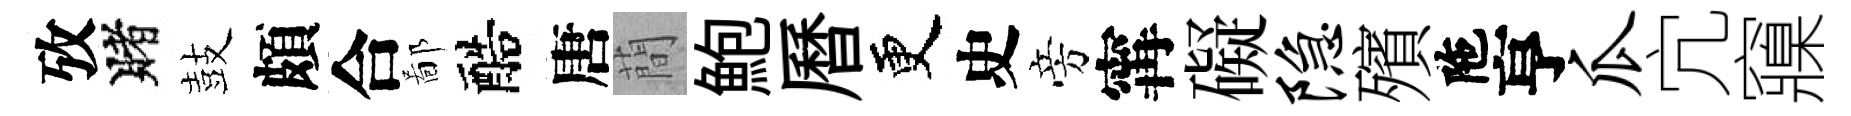
攷賭鼓頗合鄙醅唐蕳鮑曆更史旁𡩋礙隐殯陁亨瓜宂䆿